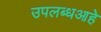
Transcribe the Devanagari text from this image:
उपलब्धआहे